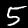
Label: 5